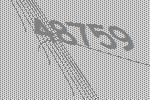
48759